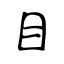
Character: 目